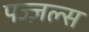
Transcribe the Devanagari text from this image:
पज्ज़ल्स